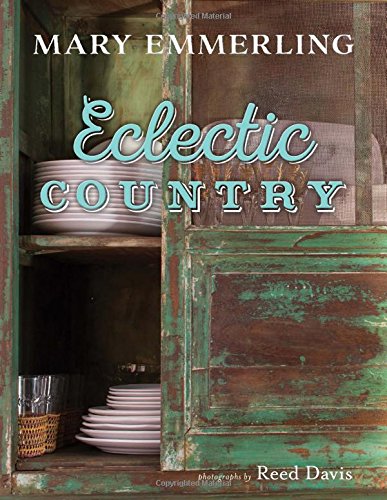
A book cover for Eclectic Country; Mary Emmerling; Crafts, Hobbies & Home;